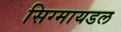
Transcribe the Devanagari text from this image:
सिग्मायडल